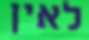
לאין